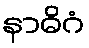
နာဓိဂံ